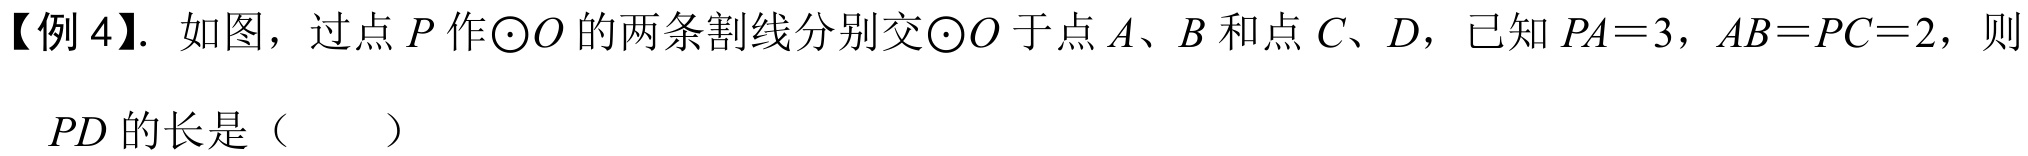
【例 4】. 如图，过点 \(P\) 作\(\odot O\) 的两条割线分别交\(\odot O\) 于点 \(A\)、\(B\) 和点 \(C\)、\(D\)，已知 \(PA = 3\)，\(AB = PC = 2\)，则

\(PD\) 的长是（  ）